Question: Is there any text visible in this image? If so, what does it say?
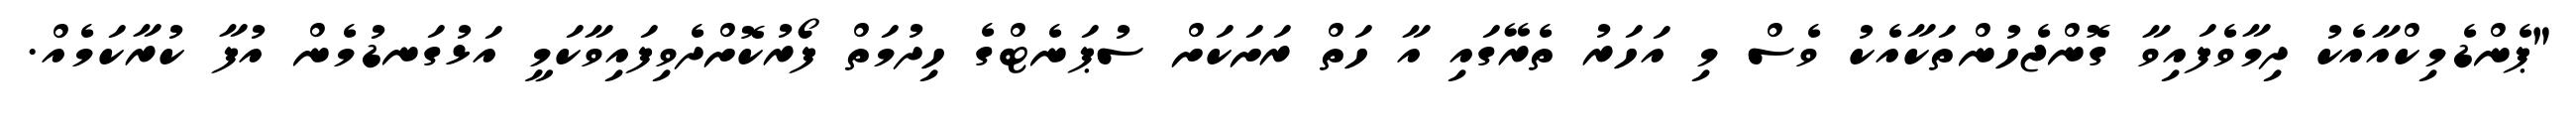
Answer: "ޕެންޑެމިކްއާއެކު ދިމާވެފައިވާ ގޮންޖެހުންތަކާއެކު ވެސް މި އަހަރު ތެރޭގައި އާ ހަތް ރަށަކަށް ސުޕަނެޓްގެ ހިދުމަތް ފޯރުކޮށްދެވިފައިވާކަމީ އަޅުގަނޑުމެން އުފާ ކުރާކަމެއް.